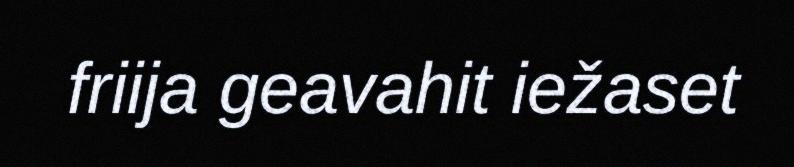
friija geavahit iežaset